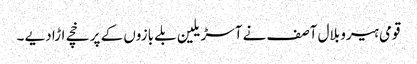
قومی ہیرو بلال آصف نے آسڑیلین بلے بازوں کے پر خچے اڑا دیے ۔